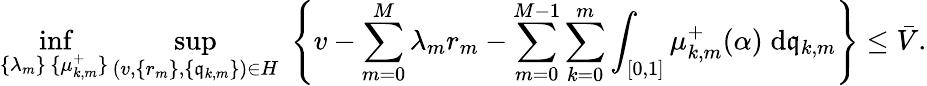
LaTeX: \operatorname*{inf}_{\substack{\{ \lambda_{m}\} \, \{ \mu_{k,m}^{+}\} }}\operatorname*{sup}_{(v,\{ r_{m}\} ,\{ \mathfrak{q}_{k,m}\} )\in H}\; \left\{ v-\sum_{m=0}^{M}\lambda_{m}r_{m}-\sum_{m=0}^{M-1}\sum_{k=0}^{m}\int_{[0,1]}\mu_{k,m}^{+}(\alpha)\; \mathrm{d}\mathfrak{q}_{k,m}\right\} \leq\bar{V}.